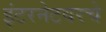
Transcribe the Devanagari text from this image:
इंटरनेटवरचे